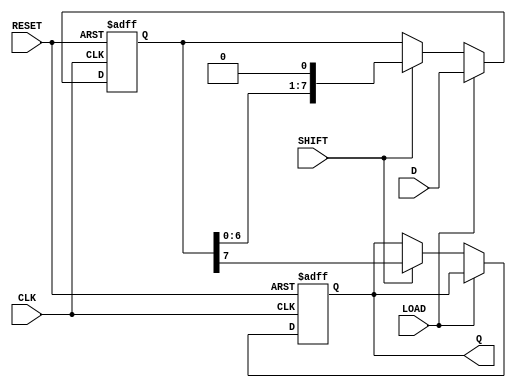
module PISO_Shift_Register #(
    parameter n = 8  // Parameter to define the number of bits
)(
    input wire [n-1:0] D,      // Parallel data input
    input wire LOAD,            // Load enable signal
    input wire SHIFT,           // Shift enable signal
    input wire CLK,             // Clock signal
    input wire RESET,           // Asynchronous reset signal
    output reg Q               // Serial output
);

    reg [n-1:0] REG;           // Storage register

    always @(posedge CLK or posedge RESET) begin
        if (RESET) begin
            REG <= {n{1'b0}};   // Clear the register to zero
            Q <= 1'b0;          // Reset serial output
        end else begin
            if (LOAD) begin
                REG <= D;       // Load parallel data into the register
            end else if (SHIFT) begin
                Q <= REG[n-1];  // Output the MSB to Q
                REG <= {REG[n-2:0], 1'b0}; // Shift right, LSB becomes 0
            end
        end
    end

endmodule